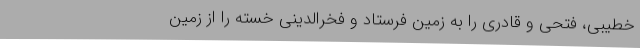
خطیبی، فتحی و قادری را به زمین فرستاد و فخرالدینی خسته را از زمین